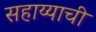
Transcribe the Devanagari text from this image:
सहाय्याची